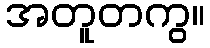
အတူတကွ။